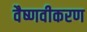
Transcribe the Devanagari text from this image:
वैष्णवीकरण